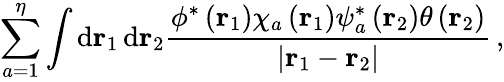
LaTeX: \sum_{a=1}^{\eta}\int\textrm{d}\mathbf r_{1}\, \textrm{d}\mathbf r_{2}\frac{\phi^{*}\left(\mathbf r_{1}\right)\chi_{a}\left(\mathbf r_{1}\right)\psi_{a}^{*}\left(\mathbf r_{2}\right)\theta\left(\mathbf r_{2}\right)}{\left|\mathbf r_{1}-\mathbf r_{2}\right|}\, ,